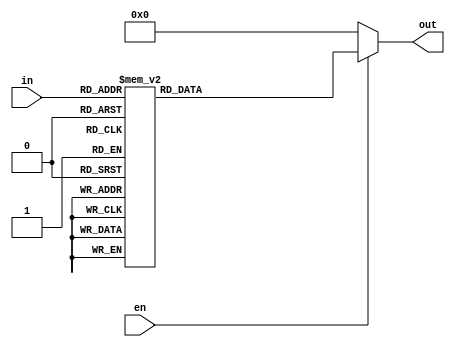
//7seg common cathode version
module led7_decoder_cathode(en,in,out);
input en;
input [3:0]in;
output reg [6:0]out;
 always @ (en,in) begin  

 if (en) 
     begin
      case(in)
      4'd0: out=63;  
      4'd1:out=6;    
      4'd2:out=91;
	   4'd3:out=79;   
      4'd4:out=102;    
      4'd5:out=109;
		4'd6:out=125;   
      4'd7:out=7;    
      4'd8:out=127;
		4'd9:out=111;
      default  : out = 0;    
    endcase
  end
  else out=0;
 
 
  end
endmodule